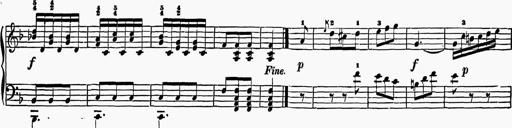
Title: 6 Sonatas
Composer: Muzio Clementi